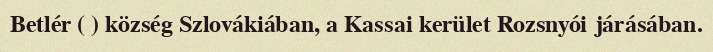
Betlér ( ) község Szlovákiában, a Kassai kerület Rozsnyói járásában.